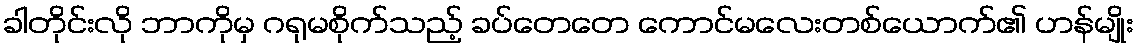
ခါတိုင်းလို ဘာကိုမှ ဂရုမစိုက်သည့် ခပ်တေတေ ကောင်မလေးတစ်ယောက်၏ ဟန်မျိုး